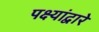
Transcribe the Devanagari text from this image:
पक्ष्यांद्वारे